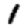
Digit: 1